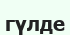
гүлде